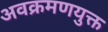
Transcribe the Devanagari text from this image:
अवक्रमणयुक्त